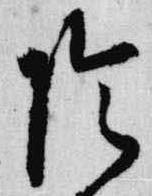
陰